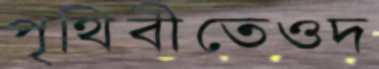
পৃথিবীতেওদ